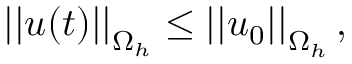
\left| \left| \boldsymbol { u } ( t ) \right| \right| _ { \Omega _ { h } } \leq \left| \left| \boldsymbol { u } _ { 0 } \right| \right| _ { \Omega _ { h } } ,